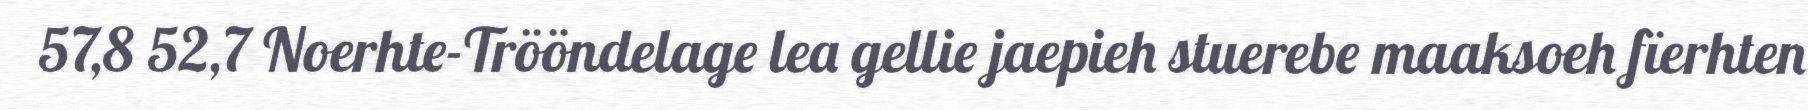
57,8 52,7 Noerhte-Trööndelage lea gellie jaepieh stuerebe maaksoeh fïerhten